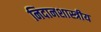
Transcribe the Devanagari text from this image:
निदानशास्त्रीय